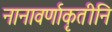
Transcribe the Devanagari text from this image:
नानावर्णाकृतीनि